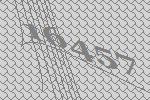
16457